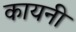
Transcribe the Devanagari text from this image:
कायनी